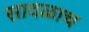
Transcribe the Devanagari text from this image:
सावळाच